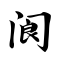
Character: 阆